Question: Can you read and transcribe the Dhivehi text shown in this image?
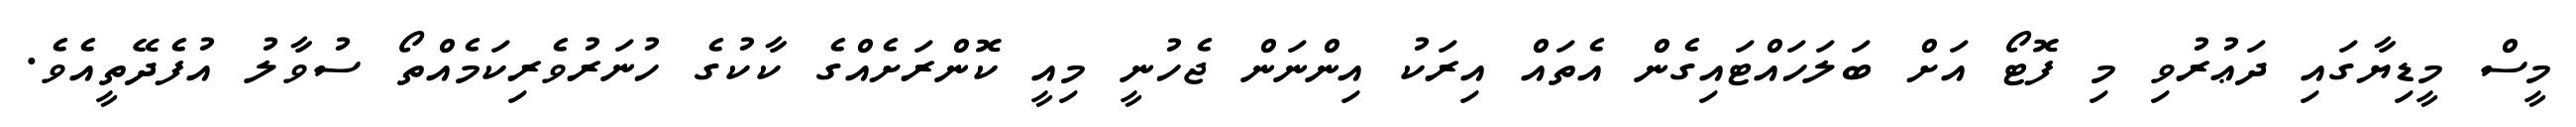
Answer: މީސް މީޑިޔާގައި ދަޢުރުވި މި ފޮޓޯ އަށް ބަލަހައްޓައިގެން އެތައް އިރަކު އިންނަން ޖެހުނީ މިއީ ކޮންރަށެއްގެ ކާކުގެ ހުނަރުވެރިކަމެއްތޯ ސުވާލު އުފެދޭތީއެވެ.